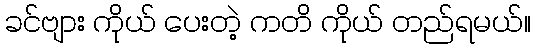
ခင်ဗျား ကိုယ် ပေးတဲ့ ကတိ ကိုယ် တည်ရမယ်။